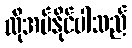
လိုအပ်နိုင်ပါသည်